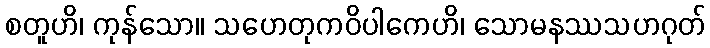
စတူဟိ၊ ကုန်သော။ သဟေတုကဝိပါကေဟိ၊ သောမနဿသဟဂုတ်